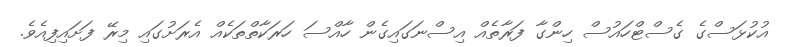
އުކުޅަސްގެ ގެސްޓްހައުސް ހިންގާ ފަރާތެއް އިސްނަގައިގެން ހާއްސަ ހަރަކާތްތަކެއް އެރަށުގައި މިރޭ ފަށައިފިއެވެ.